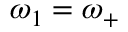
\omega _ { 1 } = \omega _ { + }